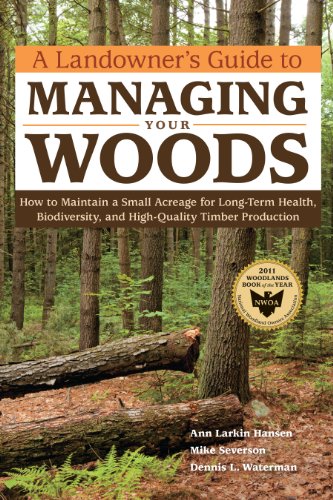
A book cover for A Landowner's Guide to Managing Your Woods: How to Maintain a Small Acreage for Long-Term Health, Biodiversity, and High-Quality Timber Production; Anne Larkin Hansen; Crafts, Hobbies & Home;